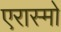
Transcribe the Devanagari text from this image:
एरास्मो